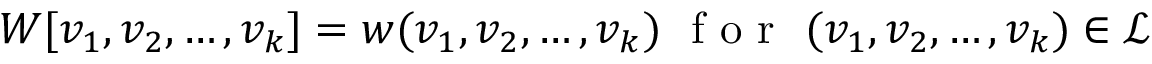
W [ v _ { 1 } , v _ { 2 } , \ldots , v _ { k } ] = w ( v _ { 1 } , v _ { 2 } , \ldots , v _ { k } ) \ \mathrm { ~ f ~ o ~ r ~ } \ ( v _ { 1 } , v _ { 2 } , \ldots , v _ { k } ) \in \mathcal { L }